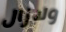
ولازال